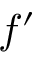
f ^ { \prime }